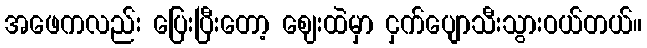
အဖေကလည်း ပြေးပြီးတော့ ဈေးထဲမှာ ငှက်ပျောသီးသွားဝယ်တယ်။